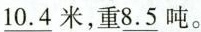
\underline{10.4}米，重\underline{8.5}吨。